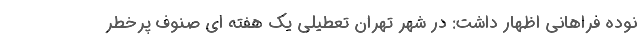
نوده فراهانی اظهار داشت: در شهر تهران تعطیلی یک هفته ای صنوف پرخطر